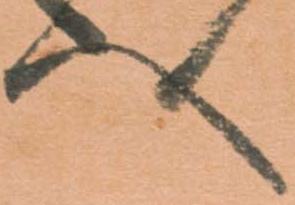
へ